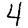
Digit: 4